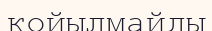
қойылмайды